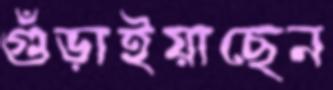
গুঁড়াইয়াছেন